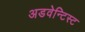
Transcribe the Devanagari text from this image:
अडवेन्टिस्ट